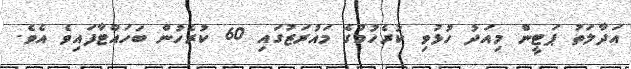
އަދާލަތު ޕަޓީން މިއަދު ހުޅުވި ކުރެހުމުގެ މައުރަޒުގައި 60 ކުރެހުން ބަހައްޓާފައިވެ އެވެ.